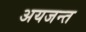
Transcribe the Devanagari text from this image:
अयजन्त